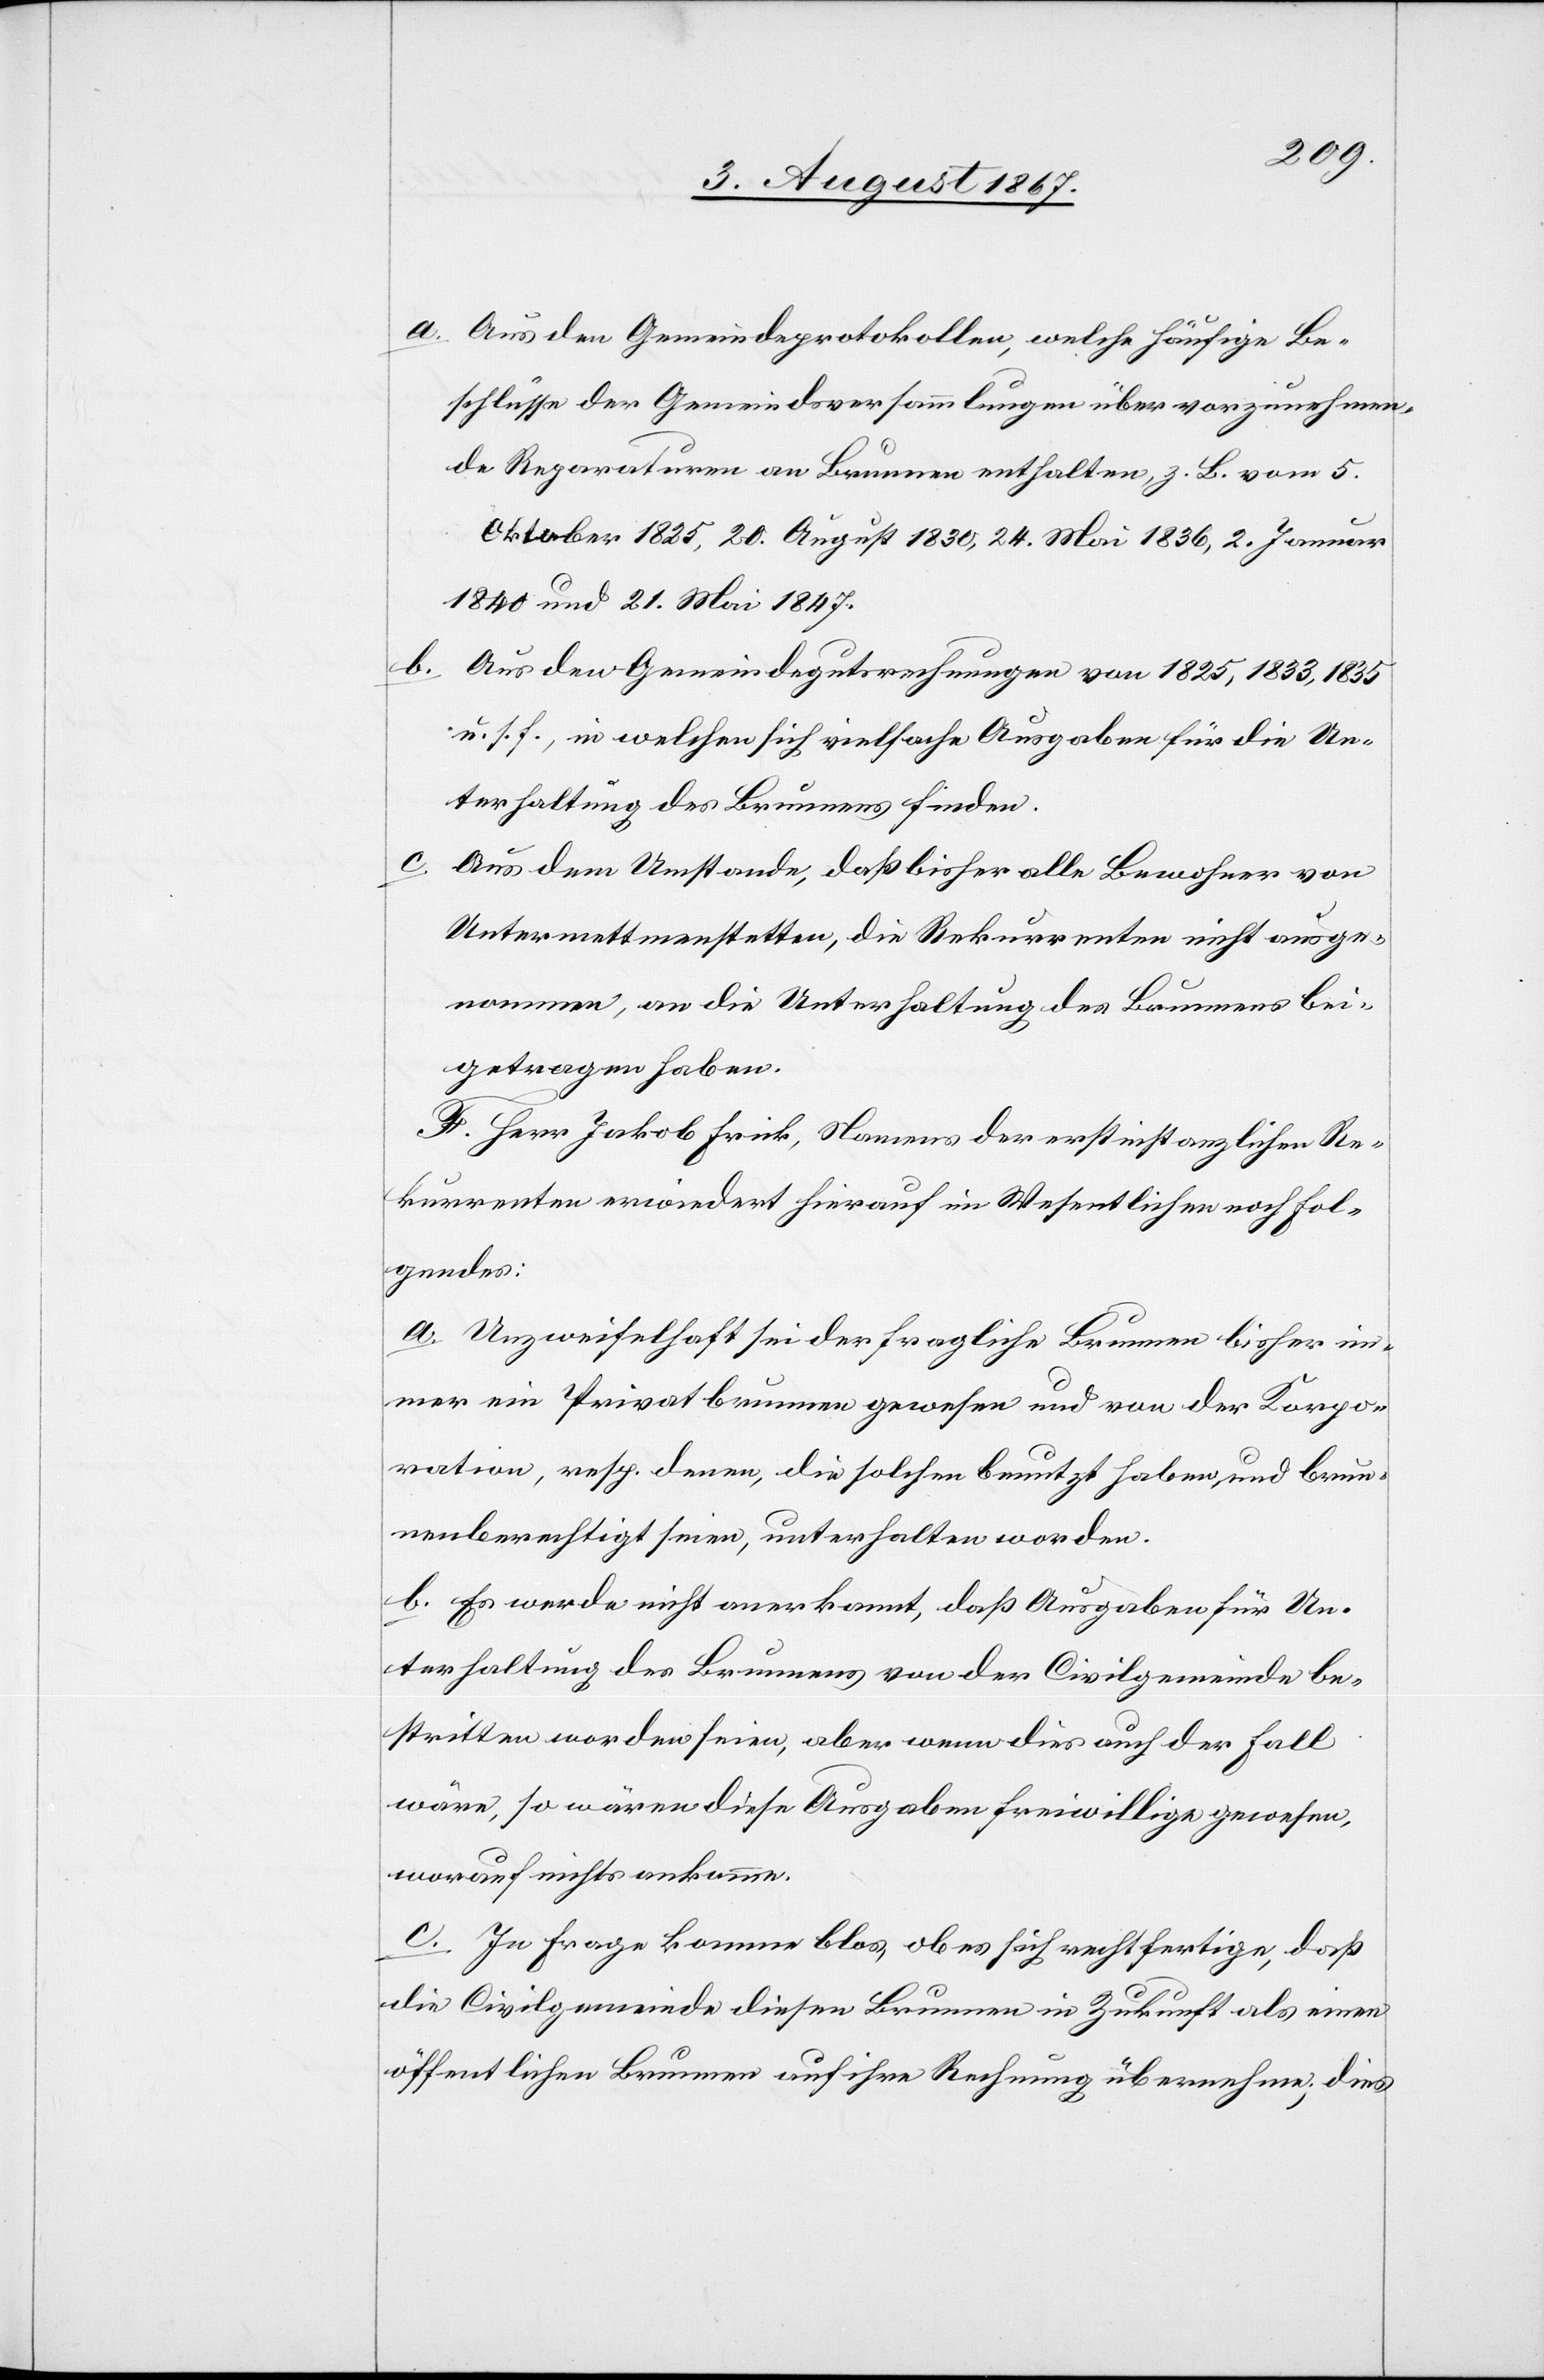
a. Aus den Gemeindsprotokollen, welche häufige Be¬
schlüsse der Gemeindsversammlungen über vorzunehmen¬
de Reparaturen am Brunnen enthalten, z. B. vom 5.
Oktober 1825, 20. August 1830, 24. Mai 1836, 2. Januar
1840 und 21. Mai 1847.
b. Aus den Gemeindegutsrechnungen von 1825, 1833, 1835,
u. s. f., in welchen sich vielfache Ausgaben für die Un¬
terhaltung des Brunnens finden.
c.
Aus dem Umstande, daß bisher alle Bewohner von
Untermettmenstetten, die Rekurrenten nicht ausge¬
nommen, an die Unterhaltung des Brunnens bei¬
getragen haben.
F. Herr Jakob Frick, Namens der erstinstanzlichen Re¬
kurrenten erwiedert hierauf im Wesentlichen noch fol¬
gendes:
a. Unzweifelhaft sei der fragliche Brunnen bisher im¬
mer ein Privatbrunnen gewesen und von der Korpo¬
ration, resp, denen, die solchen benutzt haben und brun¬
nenberechtigt seien, unterhalten worden.
b. Es werde nicht anerkannt, daß Ausgaben für Un¬
terhaltung des Brunnens von der Civilgemeinde be¬
stritten worden seien, aber wenn dies auch der Fall
wäre, so wären diese Ausgaben freiwillige gewesen,
worauf nichts ankomme.
c. In Frage komme blos, ob es sich rechtfertige, daß
die Civilgemeinde diesen Brunnen in Zukunft als einen
öffentlichen Brunnen auf ihre Rechnung übernehme; dies